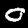
Digit: 0